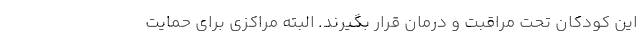
این کودکان تحت مراقبت و درمان قرار بگیرند. البته مراکزی برای حمایت